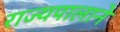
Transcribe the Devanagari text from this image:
राज्यपालाने